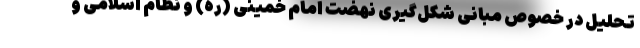
تحلیل در خصوص مبانی شکل‌گیری نهضت امام خمینی (ره) و نظام اسلامی و